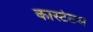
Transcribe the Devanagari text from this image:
कास्टेटस